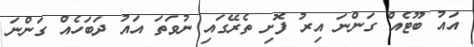
އައު ބޫޓެއް ގަންނަ އިރު ފޮށި ތެރޭގައި ނުވަތަ އައު ދަބަހެއް ގަންނަ